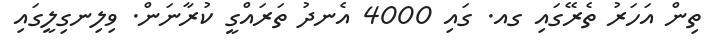
ތިން އަހަރު ތެރޭގައި ގއ. ގައި 4000 އެނދު ތަރައްގީ ކުރާނަން. ވިލިނގިލީގައި